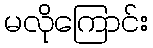
မလိုကြောင်း